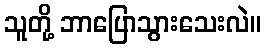
သူတို့ ဘာပြောသွားသေးလဲ။